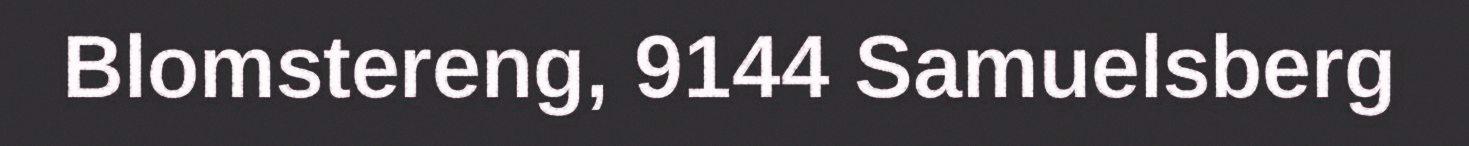
Blomstereng, 9144 Samuelsberg